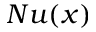
N u ( x )